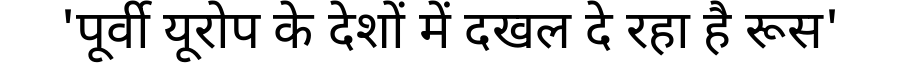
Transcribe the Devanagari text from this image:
'पूर्वी यूरोप के देशों में दखल दे रहा है रूस'